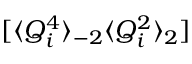
[ \langle Q _ { i } ^ { 4 } \rangle _ { - 2 } \langle Q _ { i } ^ { 2 } \rangle _ { 2 } ]